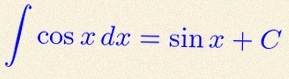
\int \cos x\,dx=\sin x+C